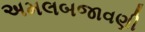
અમલબજાવણી